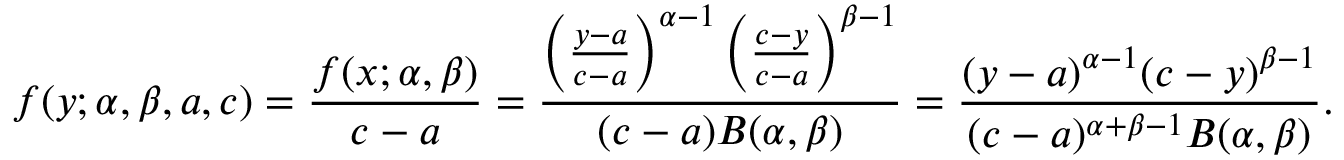
f ( y ; \alpha , \beta , a , c ) = { \frac { f ( x ; \alpha , \beta ) } { c - a } } = { \frac { \left( { \frac { y - a } { c - a } } \right) ^ { \alpha - 1 } \left( { \frac { c - y } { c - a } } \right) ^ { \beta - 1 } } { ( c - a ) B ( \alpha , \beta ) } } = { \frac { ( y - a ) ^ { \alpha - 1 } ( c - y ) ^ { \beta - 1 } } { ( c - a ) ^ { \alpha + \beta - 1 } B ( \alpha , \beta ) } } .